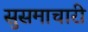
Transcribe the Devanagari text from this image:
सुसमाचारी